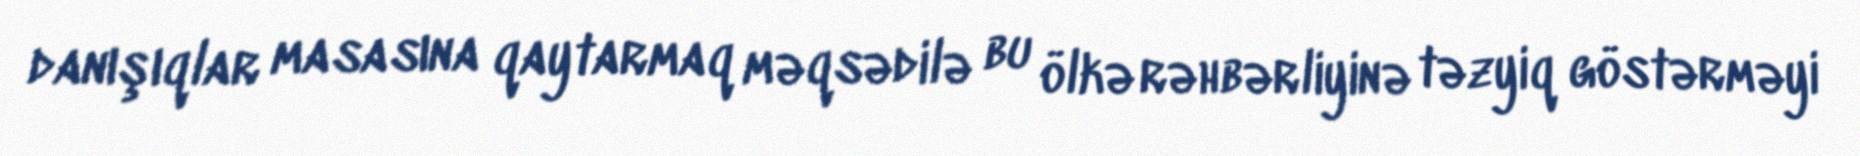
danışıqlar masasına qaytarmaq məqsədilə bu ölkə rəhbərliyinə təzyiq göstərməyi